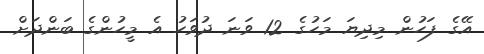
އޭގެ ފަހުން މިދިޔަ މަހުގެ 12 ވަނަ ދުވަހު އެ މީހުންގެ ބަންދަށް